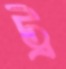
ট্র